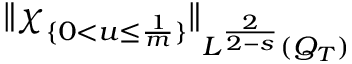
\lVert \chi _ { \{ 0 < u \leq \frac { 1 } { m } \} } \rVert _ { L ^ { \frac { 2 } { 2 - s } } ( Q _ { T } ) }